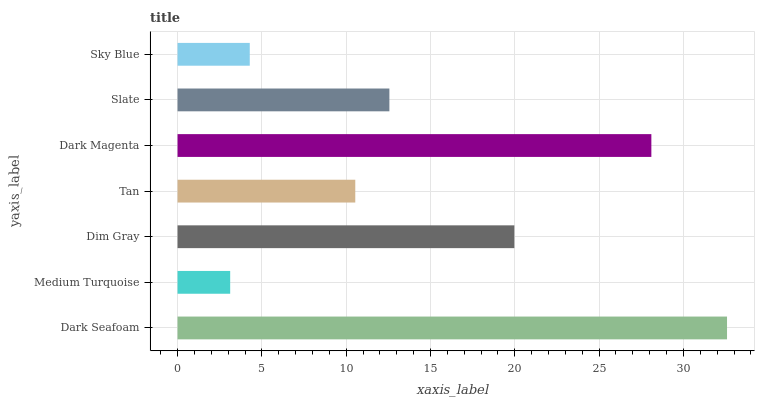
| yaxis_label | bars |
 | --- | --- |
 | Dark Seafoam | 32.6 |
 | Medium Turquoise | 3.12 |
 | Dim Gray | 20 |
 | Tan | 10.5 |
 | Dark Magenta | 28.1 |
 | Slate | 12.6 |
 | Sky Blue | 4.28 |